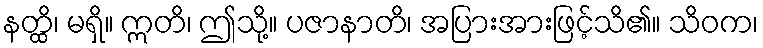
နတ္ထိ၊ မရှိ။ ဣတိ၊ ဤသို့။ ပဇာနာတိ၊ အပြားအားဖြင့်သိ၏။ သိဝက၊